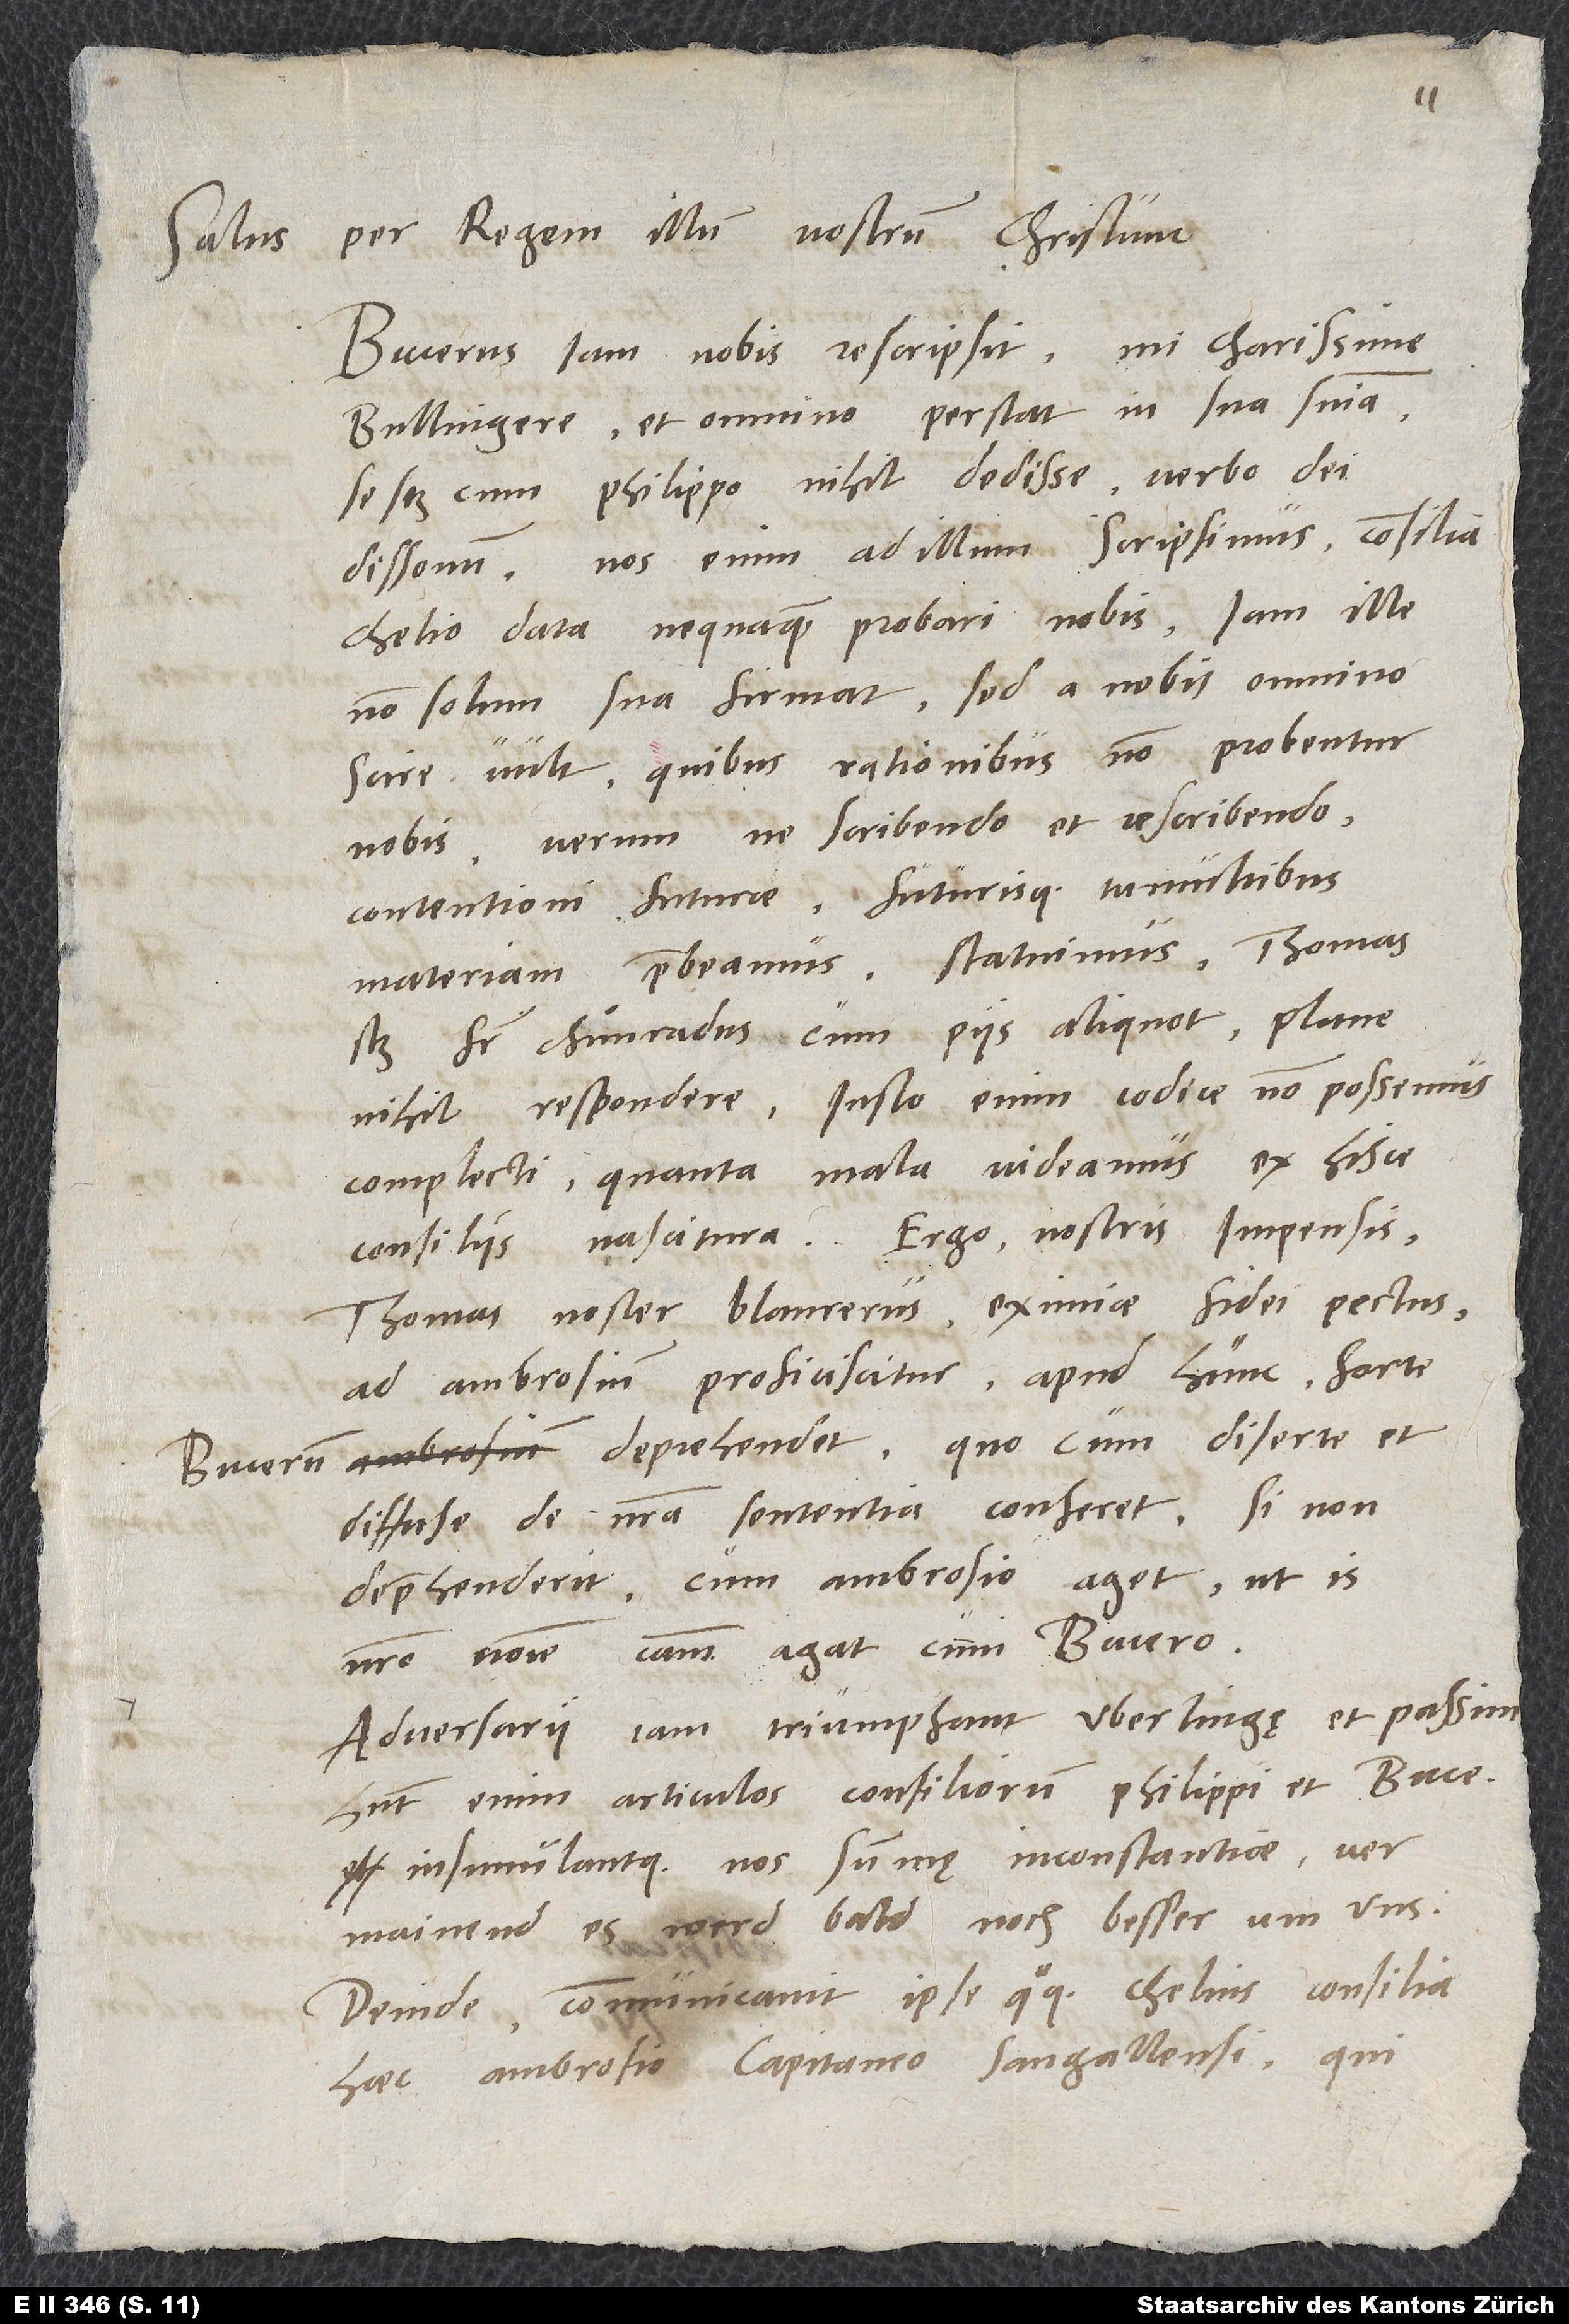
11.
Salus per regem illum nostrum Christum.
Bucerus iam nobis rescripsit, mi charissime
Bullingere, et omnino perstat in sua sententia
se scilicet cum Philippo nihil dedisse verbo dei
dissonum. Nos enim ad illum scripsimus consilia
Chelio data nequaquam probari nobis. Iam ille
non solum sua firmat, sed a nobis omnino
scire vult, quibus rationibus non probentur
nobis. Verum ne scribendo et rescribendo
contentioni futurae futurisque tumultibus
materiam praebeamus, statuimus -Thomas
frater Chuͦnradus cum piis aliquot - plane
nihil respondere. Iusto enim codice non possemus
complecti, quanta mala videamus ex hisce
consiliis nascitura. Ergo nostris impensis
Thomas noster Blaurerus, eximiae fidei pectus,
ad Ambrosium proficiscitur. Apud hunc forte
deprehendet, quocum diserte et
diffuse de nostra sententia conferet. Si non
deprehenderit, cum Ambrosio aget, ut is
nostro nomine causam agat cum Bucero.
Adversarii iam triumphant Uberlingę et passim;
habent enim articulos consiliorum Philippi et Buceri
insimulantque nos summę inconstantiae,
vermainend, es werd bald noch besser um uns.
Deinde communicavit ipse quoque Chelius consilia
haec Ambrosio, capitaneo Sangallensi, qui